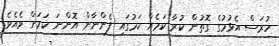
ހުރަސް އެޅުމުގެ ގޮތުން ކުރާ ކަމެއް ކަމުގައި ފެންނާން އޮންނަ ކަމަށް ވެއެވެ.